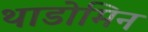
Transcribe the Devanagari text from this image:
थाडोमिन